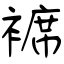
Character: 褯